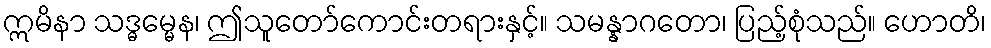
ဣမိနာ သဒ္ဓမ္မေန၊ ဤသူတော်ကောင်းတရားနှင့်။ သမန္နာဂတော၊ ပြည့်စုံသည်။ ဟောတိ၊